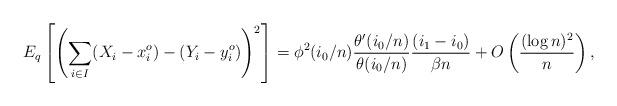
LaTeX: \begin{align*} E_q \left[ \left( \sum_{i \in I} (X_i - x_i^o) - (Y_i - y_i^o) \right)^2 \right] = \phi^2(i_0/n) \frac{\theta'(i_0/n)}{\theta(i_0/n)} \frac{(i_1-i_0)}{\beta n} + O \left( \frac{(\log n)^2}{n} \right), \end{align*}